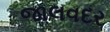
જાલવદર